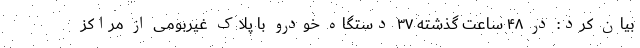
بیان کرد: در ۴۸ ساعت گذشته ۳۷ دستگاه خودرو با پلاک غیربومی از مراکز